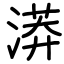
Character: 漭